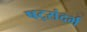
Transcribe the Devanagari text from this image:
षट्संदर्भ